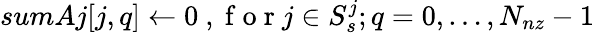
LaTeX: sumAj[j,q]\leftarrow 0\mathrm{~,~f~o~r~}j\in S_{s}^{j};q=0,\ldots,N_{nz}-1